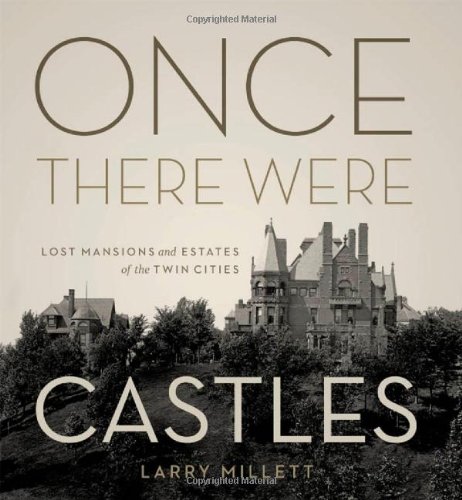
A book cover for Once There Were Castles: Lost Mansions and Estates of the Twin Cities; Larry Millett; Arts & Photography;